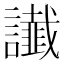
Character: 䜟